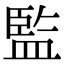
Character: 監